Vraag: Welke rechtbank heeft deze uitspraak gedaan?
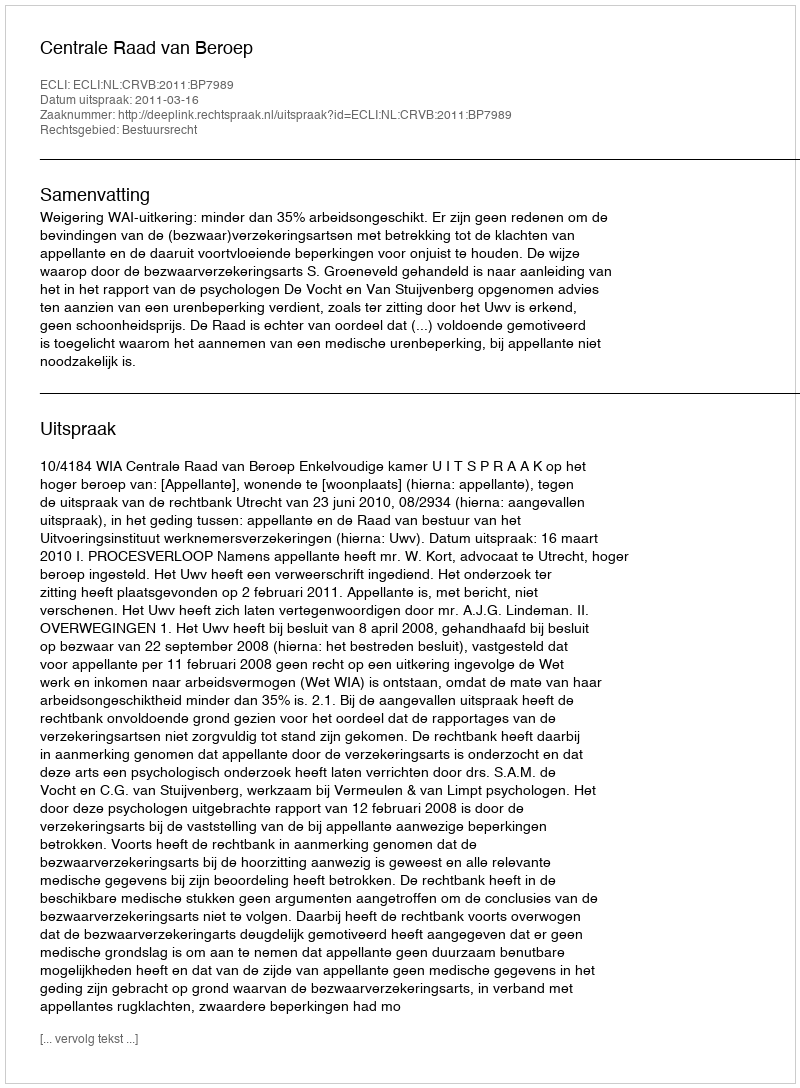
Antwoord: Centrale Raad van Beroep